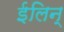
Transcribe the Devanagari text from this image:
ईलिन्